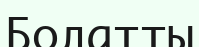
Болатты